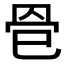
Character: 𦊦